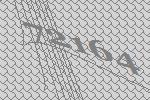
72164